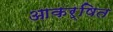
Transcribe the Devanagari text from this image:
आकर्षित